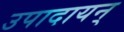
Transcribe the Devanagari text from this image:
उपादायन्